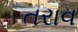
તરાવ